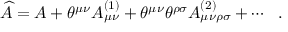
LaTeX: \widehat { A } = A + \theta ^ { \mu \nu } A _ { \mu \nu } ^ { ( 1 ) } + \theta ^ { \mu \nu } \theta ^ { \rho \sigma } A _ { \mu \nu \rho \sigma } ^ { ( 2 ) } + \cdots \ \ .